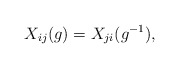
\begin{align*} X_{ij}(g)=X_{ji}(g^{-1}) ,\end{align*}